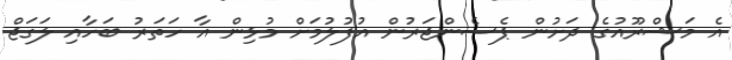
އެ މަޝްރޫއުގެ ދަށުން ޕެސެންޖަރުން އުފުލުމަށް މުޅިން އާ ހަތަރު ބަހާއި ލަގަޖް